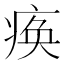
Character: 痪